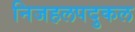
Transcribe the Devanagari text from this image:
निजहलपदुकल